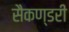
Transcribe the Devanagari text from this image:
सैकण्‍डरी